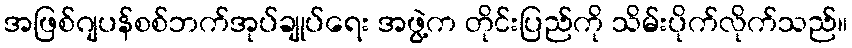
အဖြစ်ဂျပန်စစ်ဘက်အုပ်ချုပ်ရေး အဖွဲ့က တိုင်းပြည်ကို သိမ်းပိုက်လိုက်သည်။